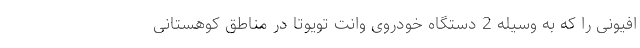
افیونی را که به وسیله 2 دستگاه خودروی وانت تویوتا در مناطق کوهستانی